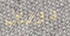
دورين